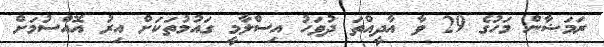
ރަމަޟާން މަހުގެ 29 ވާ އާދީއްތަ ދުވަހު އިސްލާމީ ގައުމުތަކަށް އިރު އޮއްސުމަށް